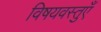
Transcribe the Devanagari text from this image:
विषयवस्तुएँ